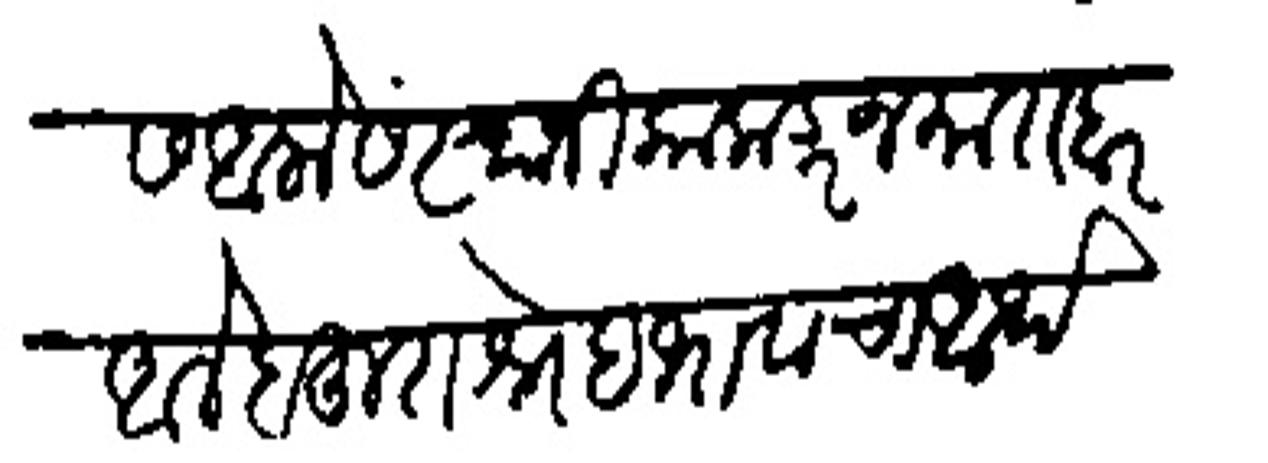
Transliteration (Devanagari): सरदेस आलो संस्थानिकाकडून मातवर आले बहुत शनेहभावाचा आर्थ